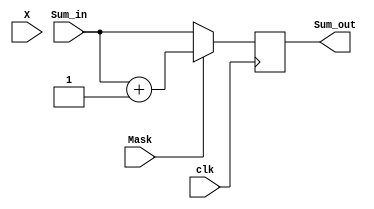
module Array_Mask(
	input wire clk,
	input wire [9:0]X,
	input wire Mask,
	input wire [7:0]Sum_in,
	
	output reg [7:0]Sum_out);
	
always @(posedge clk)
	begin
		if (Mask == 1)
			Sum_out = Sum_in + 1;
		else
			Sum_out = Sum_in;
	end
	
endmodule